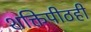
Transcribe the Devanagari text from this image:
शक्तिपीठही